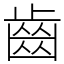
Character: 齒